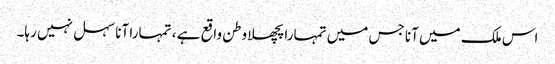
اس ملک میں آنا جس میں تمہارا پچھلا وطن واقع ہے ، تمہارا آنا سہل نہیں رہا۔